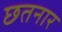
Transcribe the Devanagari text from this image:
छतनार